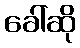
ခေါ်ဆို